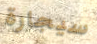
سيجارة